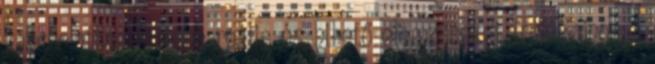
kapcsolatban lehetne reális és hihető elemzéseket írni. Sajnos a